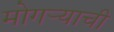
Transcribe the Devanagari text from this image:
मोगऱ्याची